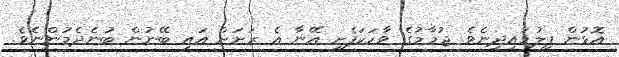
އޮޅުން ފިލުވައިދިނެވެ. ޖުމާމުގެ ވާހަކަފެށީ އޭނާ އެ ރަށަށް އައި ބޭނުން ބުނެދެމުންނެވެ.